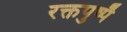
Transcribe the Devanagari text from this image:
रक्तपुष्पै